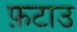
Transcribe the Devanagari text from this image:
फ़टाउ